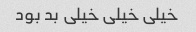
خیلی خیلی خیلی بد بود